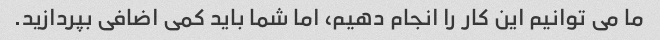
ما می توانیم این کار را انجام دهیم، اما شما باید کمی اضافی بپردازید.